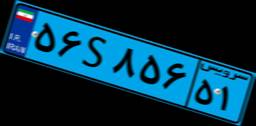
۵۶S۸۵۶۵۱